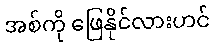
အစ်ကို ဖြေနိုင်လားဟင်